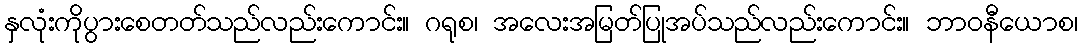
နှလုံးကိုပွားစေတတ်သည်လည်းကောင်း။ ဂရုစ၊ အလေးအမြတ်ပြုအပ်သည်လည်းကောင်း။ ဘာဝနီယောစ၊